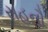
સહનૌ